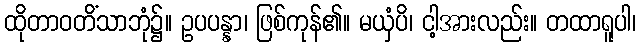
ထိုတာဝတိံသာဘုံ၌။ ဥပပန္နာ၊ ဖြစ်ကုန်၏။ မယှံပိ၊ ငါ့အားလည်း။ တထာရူပါ၊